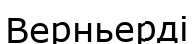
Верньерді